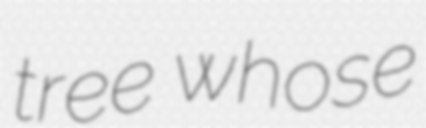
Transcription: tree whose